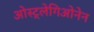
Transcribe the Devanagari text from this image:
ओस्ट्लेगिओनेन